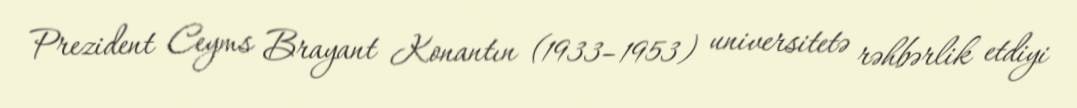
Prezident Ceyms Brayant Konantın (1933–1953) universitetə rəhbərlik etdiyi